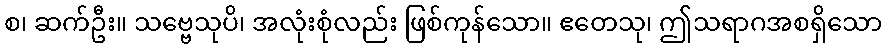
စ၊ ဆက်ဦး။ သဗ္ဗေသုပိ၊ အလုံးစုံလည်း ဖြစ်ကုန်သော။ ဧတေသု၊ ဤသရာဂအစရှိသော